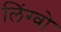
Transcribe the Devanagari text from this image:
लिंग्वो